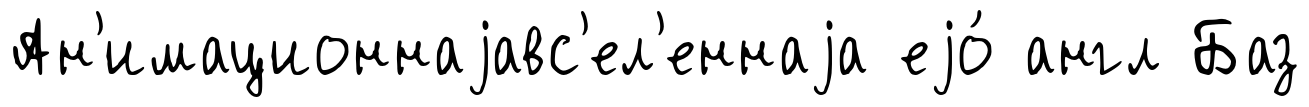
Ан'имационнаjавс'ел'еннаjа еjо́ англ Баз